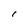
Character: I